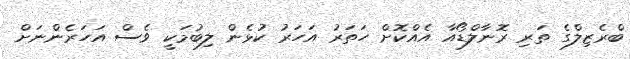
ބްރެޒިލްގެ ތަރި ރޮނާލްޑޯއާ އެއްކޮށް ހަތަރު އަހަރު ކުޅެން ލިބުމަކީ ވެސް އަހަރެންނަށް